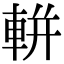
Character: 軿